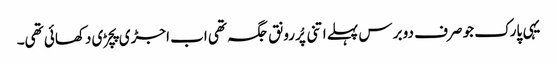
یہی پارک جو صرف دو برس پہلے اتنی پُررونق جگہ تھی اب اجڑی پچڑی دکھائی تھی۔